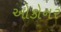
ઓકોનર